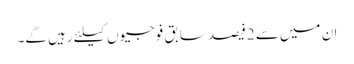
ان میں سے 2فیصد سابق فوجیوں کیلئے رہیں گے۔